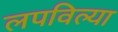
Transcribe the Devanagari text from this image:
लपविल्या